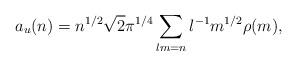
LaTeX: \begin{align*}a_{u}(n)&=n^{1/2}\sqrt{2}\pi^{1/4} \sum_{lm=n}l^{-1}m^{1/2}\rho(m),\end{align*}